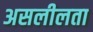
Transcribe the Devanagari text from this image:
असलीलता